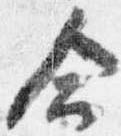
命